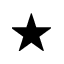
\star